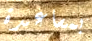
بمساعدة